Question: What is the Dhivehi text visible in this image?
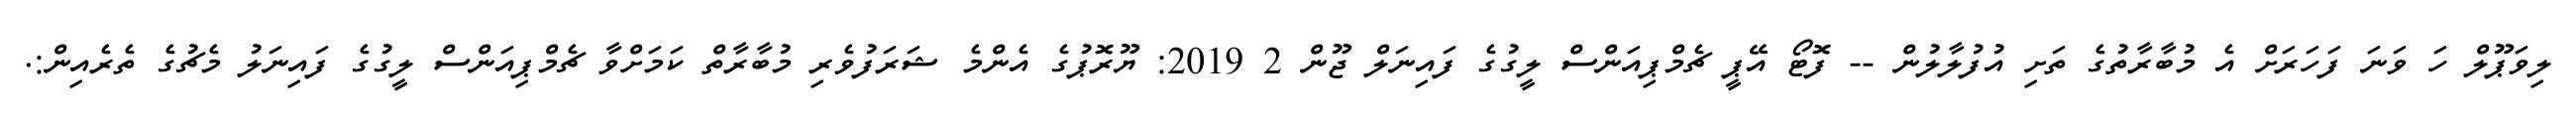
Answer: ލިވަޕޫލް ހަ ވަނަ ފަހަރަށް އެ މުބާރާތުގެ ތަށި އުފުލާލުން -- ފޮޓޯ އޭޕީ ޗެމްޕިއަންސް ލީގުގެ ފައިނަލް ޖޫން 2 2019: ޔޫރޮޕުގެ އެންމެ ޝަރަފުވެރި މުބާރާތް ކަމަށްވާ ޗެމްޕިއަންސް ލީގުގެ ފައިނަލު މެޗުގެ ތެރެއިން:.